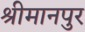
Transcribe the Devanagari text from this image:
श्रीमानपुर